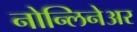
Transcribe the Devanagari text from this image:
नोन्लिनेअर